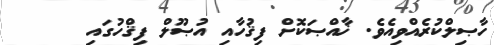
ހާޞިލްކުރެއްވިއެވެ. ޚާއްޞަކޮށް ފިޤުހާއި އުޞޫލް ފިޤްހުގައި